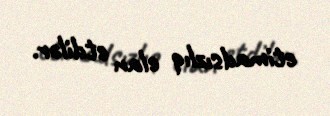
etimadsızlıq elan etdilər.